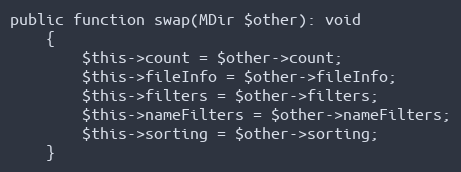
Language: PHP
public function swap(MDir $other): void
    {
        $this->count = $other->count;
        $this->fileInfo = $other->fileInfo;
        $this->filters = $other->filters;
        $this->nameFilters = $other->nameFilters;
        $this->sorting = $other->sorting;
    }